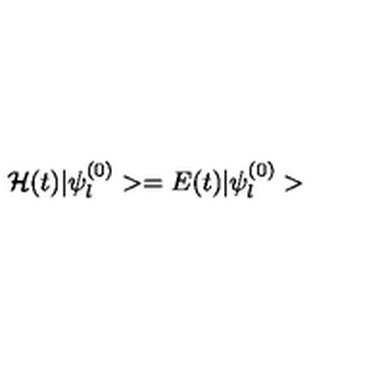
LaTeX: { \cal H } ( t ) | \psi _ { l } ^ { ( 0 ) } > = E ( t ) | \psi _ { l } ^ { ( 0 ) } >